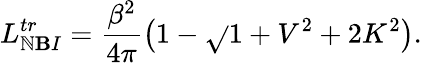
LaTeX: L_{\mathbb{N}\mathbf{B}I}^{tr}=\frac{{\beta^{2}}}{{4\pi}}\left(1-\sqrt{}{{1+V^{2}+2K^{2}}}\right).